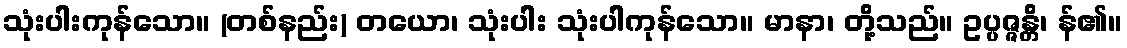
သုံးပါးကုန်သော။ (တစ်နည်း) တယော၊ သုံးပါး သုံးပါကုန်သော။ မာနာ၊ တို့သည်။ ဥပ္ပဇ္ဇန္တိ၊ န်၏။